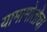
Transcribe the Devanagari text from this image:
यामामोतोचा